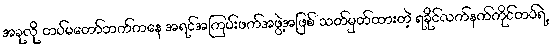
အခုလို တပ်မတော်ဘက်ကနေ အရင်အကြမ်းဖက်အဖွဲ့အဖြစ် သတ်မှတ်ထားတဲ့ ရခိုင်လက်နက်ကိုင်တပ်ရဲ့